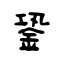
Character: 銎